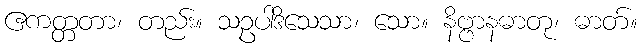
ဧကတ္တတာ၊ တည်း။ သဥပါဒိသေသာ၊ သော။ နိဗ္ဗာနဓာတု၊ ဓာတ်။